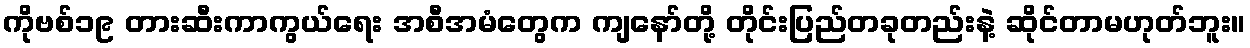
ကိုဗစ်၁၉ တားဆီးကာကွယ်ရေး အစီအမံတွေက ကျနော်တို့ တိုင်းပြည်တခုတည်းနဲ့ ဆိုင်တာမဟုတ်ဘူး။